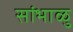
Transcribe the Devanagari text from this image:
सांभाळु